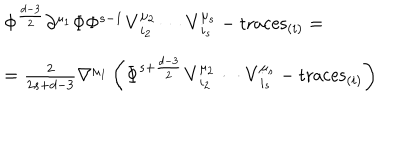
\begin{array} { l } { { \Phi ^ { \frac { d - 3 } { 2 } } \partial ^ { \mu _ { 1 } } \Phi \Phi ^ { s - 1 } { \bf V } _ { i _ { 2 } } ^ { \mu _ { 2 } } \cdots { \bf V } _ { i _ { s } } ^ { \mu _ { s } } - \mathrm { t r a c e s } _ { ( i ) } = } } \\ { { = { \frac { 2 } { 2 s + d - 3 } } \nabla ^ { \mu _ { 1 } } \left( \Phi ^ { s + { \frac { d - 3 } { 2 } } } { \bf V } _ { i _ { 2 } } ^ { \mu _ { 2 } } \cdots { \bf V } _ { i _ { s } } ^ { \mu _ { s } } - \mathrm { t r a c e s } _ { ( i ) } \right) } } \\ \end{array}